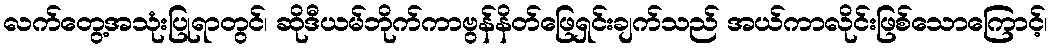
လက်တွေ့အသုံးပြုရာတွင်၊ ဆိုဒီယမ်ဘိုက်ကာဗွန်နိတ်ဖြေရှင်းချက်သည် အယ်ကာလိုင်းဖြစ်သောကြောင့်၊